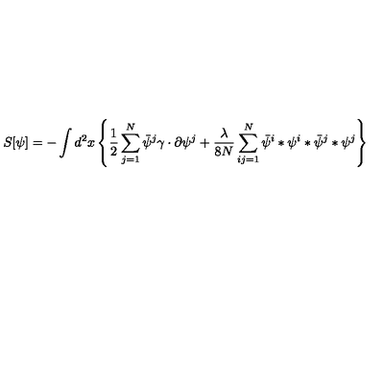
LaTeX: S [ \psi ] = - \int d ^ { 2 } x \left\{ \frac { 1 } { 2 } \sum _ { j = 1 } ^ { N } \bar { \psi } ^ { j } \gamma \cdot \partial \psi ^ { j } + \frac { \lambda } { 8 N } \sum _ { i j = 1 } ^ { N } \bar { \psi } ^ { i } * \psi ^ { i } * \bar { \psi } ^ { j } * \psi ^ { j } \right\}